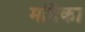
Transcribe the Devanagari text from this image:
मदिंका